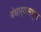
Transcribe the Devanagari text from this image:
बंधार्‍यामधून